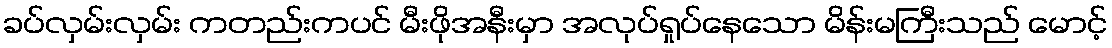
ခပ်လှမ်းလှမ်း ကတည်းကပင် မီးဖိုအနီးမှာ အလုပ်ရှုပ်နေသော မိန်းမကြီးသည် မောင့်